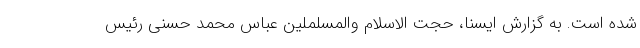
شده است. به گزارش ایسنا، حجت الاسلام والمسلملین عباس محمد حسنی رئیس